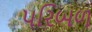
પરિબળ